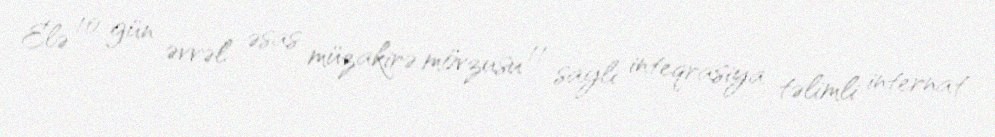
Elə 10 gün əvvəl əsas müzakirə mövzusu 11 saylı inteqrasiya təlimli internat